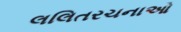
લલિતરચનાઓ